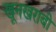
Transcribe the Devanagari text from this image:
खूनखराबी